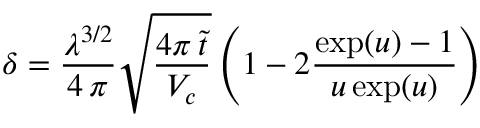
\delta = \frac { \lambda ^ { 3 / 2 } } { 4 \, \pi } \sqrt { \frac { 4 \pi \, \tilde { t } } { V _ { c } } } \left( 1 - 2 \frac { \exp ( u ) - 1 } { u \exp ( u ) } \right)